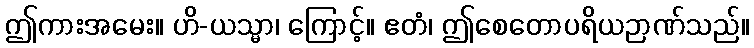
ဤကားအမေး။ ဟိ-ယသ္မာ၊ ကြောင့်။ ဧတံ၊ ဤစေတောပရိယဉာဏ်သည်။